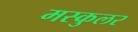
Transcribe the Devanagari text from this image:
मस्कुलर